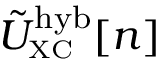
\tilde { U } _ { \scriptscriptstyle \mathrm { X C } } ^ { \mathrm { h y b } } [ n ]